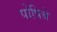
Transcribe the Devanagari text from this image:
पोषिबे